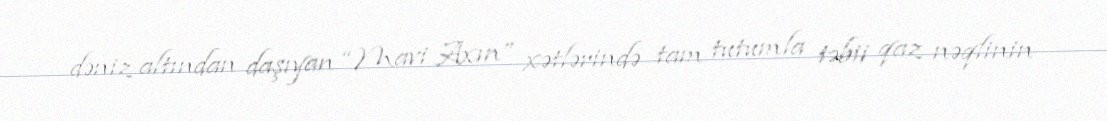
dəniz altından daşıyan “Mavi Axın” xətlərində tam tutumla təbii qaz nəqlinin